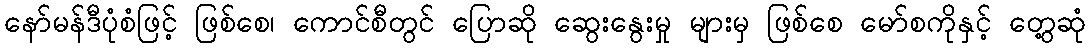
နော်မန်ဒီပုံစံဖြင့် ဖြစ်စေ၊ ကောင်စီတွင် ပြောဆို ဆွေးနွေးမှု များမှ ဖြစ်စေ မော်စကိုနှင့် တွေ့ဆုံ